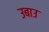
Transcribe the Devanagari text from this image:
उबाउ